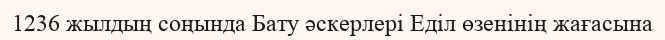
1236 жылдың соңында Бату әскерлері Еділ өзенінің жағасына